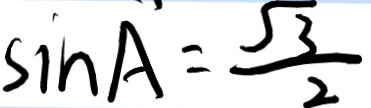
\sin A = \frac { \sqrt { 3 } } { 2 }